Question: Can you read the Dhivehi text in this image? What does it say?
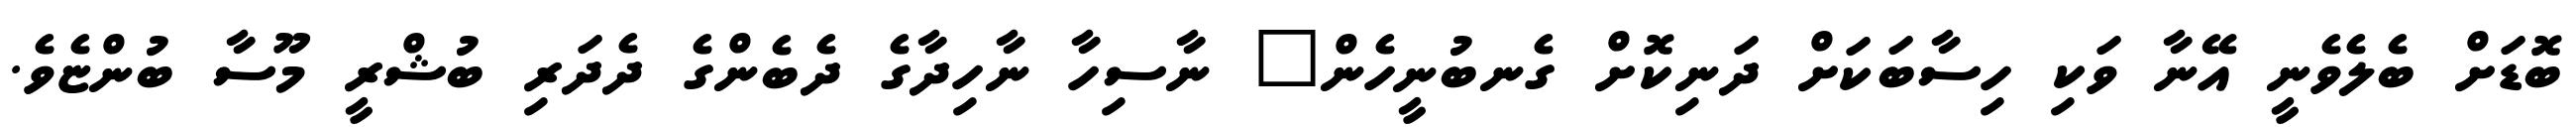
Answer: ބޮޑަށް ބެލެވެނީ އޭނާ ވަކި ހިސާބަކަށް ދަނިކޮށް ގެނބުނީހެން" ނާސިހާ ނާހިދާގެ ދެބެންގެ ދެދަރި ބުޝްރީ މޫސާ ބުންޏެވެ.